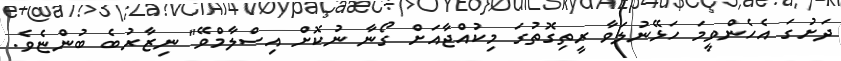
ދަށުގަ އެހެންވީމަ ހަޅޭނުލަވާ ރީތިގޮތުގަ މިކުއްޖާއަށް ގޯނާ ނުކޮށް އިސްލާމްވޭ" ނިޒާރުބެ ބުންޏެވެ.